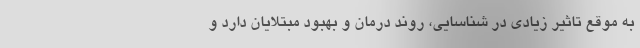
به موقع تاثیر زیادی در شناسایی، روند درمان و بهبود مبتلایان دارد و